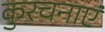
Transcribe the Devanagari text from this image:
कुरचनाएं